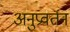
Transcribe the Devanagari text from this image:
अनुप्रवर्तन